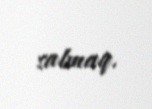
salmaq.